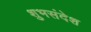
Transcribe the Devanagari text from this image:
शुभसंदेश